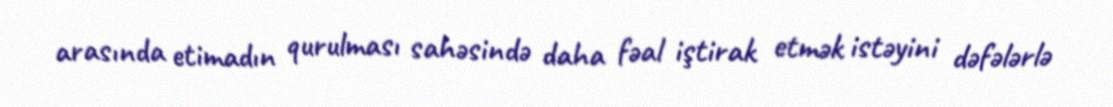
arasında etimadın qurulması sahəsində daha fəal iştirak etmək istəyini dəfələrlə